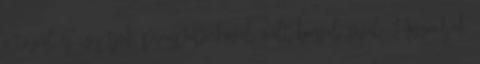
a tűzről és ízesítjük pirospaprikával, őrölt borssal, sóval. Hozzáadjuk